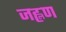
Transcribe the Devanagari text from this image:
जह्लण